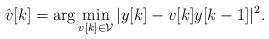
LaTeX: \begin{align*}\hat{v}[k]= \arg \min \limits_{v[k]\in \mathcal{V}} |y[k]- v[k] y[k-1]|^2.\end{align*}